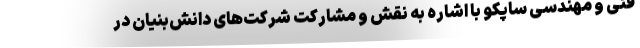
فنی و مهندسی ساپکو با اشاره به نقش و مشارکت شرکت‌های دانش‌بنیان در